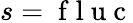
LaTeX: s=\mathrm{~f~l~u~c~}